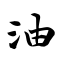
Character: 油